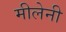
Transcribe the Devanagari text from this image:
मीलेनी